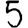
Digit: 5